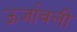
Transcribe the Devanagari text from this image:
ऊर्जावली